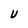
Character: U